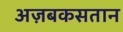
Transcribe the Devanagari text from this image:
अज़बकसतान